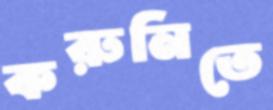
করুনিতে